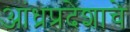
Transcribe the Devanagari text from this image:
आंध्रप्रदेशाचे